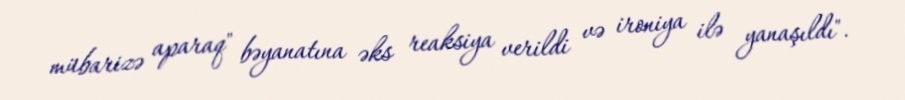
mübarizə aparaq" bəyanatına əks reaksiya verildi və ironiya ilə yanaşıldı".